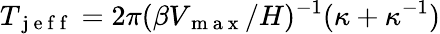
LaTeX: T_{\mathrm{~j~e~f~f~}}=2\pi(\beta V_{\mathrm{~m~a~x~}}/H)^{-1}(\kappa+\kappa^{-1})